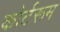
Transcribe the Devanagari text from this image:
कोर्टरूम